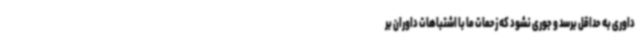
داوری به حداقل برسد و جوری نشود که زحمات ما با اشتباهات داوران بر